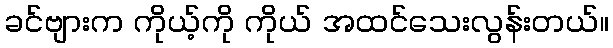
ခင်ဗျားက ကိုယ့်ကို ကိုယ် အထင်သေးလွန်းတယ်။